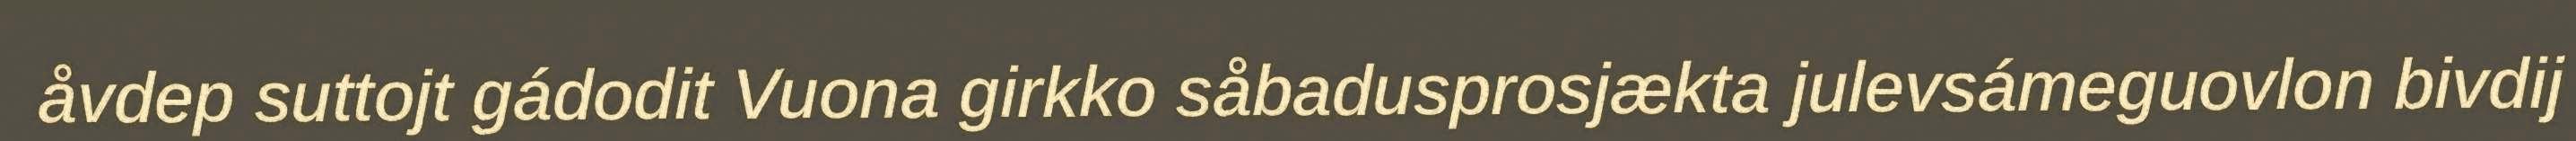
åvdep suttojt gádodit Vuona girkko såbadusprosjækta julevsámeguovlon bivdij